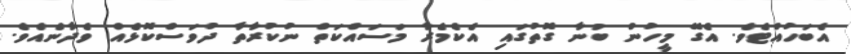
އެބަހުއްޓެވެ. އެގޭ މީހުން ބުނާ ގޮތުގައި އެކެމެރާ މަސައްކަތް ނުކުރާތާ ދުވަސްކޮޅެއް ވެދާނެއެވެ.